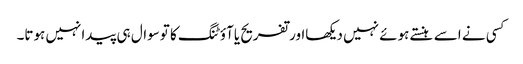
کسی نے اسے ہنستے ہوئے نہیں دیکھااورتفریح یاآؤٹنگ کا توسوال ہی پیدانہیں ہوتا۔